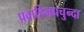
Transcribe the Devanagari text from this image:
प्रवाहिमपचुन्दा